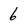
Character: 6